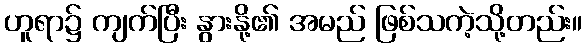
ဟူရာ၌ ကျက်ပြီး နွားနို့၏ အမည် ဖြစ်သကဲ့သို့တည်း။